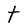
Character: t